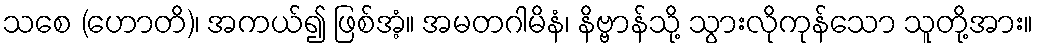
သစေ (ဟောတိ)၊ အကယ်၍ ဖြစ်အံ့။ အမတဂါမိနံ၊ နိဗ္ဗာန်သို့ သွားလိုကုန်သော သူတို့အား။